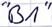
Text: "B1"